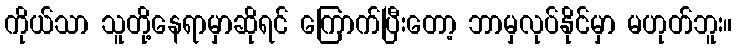
ကိုယ်သာ သူတို့နေရာမှာဆိုရင် ကြောက်ပြီးတော့ ဘာမှလုပ်နိုင်မှာ မဟုတ်ဘူး။